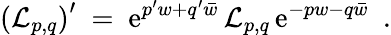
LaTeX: \left({\cal L}_{p,q}\right)^{\prime}\ =\ \mathrm{e}^{p^{\prime}w+q^{\prime}\bar{w}}\, {\cal L}_{p,q}\, \mathrm{e}^{-pw-q\bar{w}}\ \ .